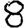
Digit: 8